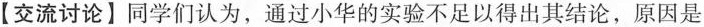
【交流讨论】同学们认为，通过小华的实验不足以得出其结论，原因是